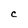
Character: C